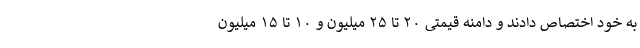
به خود اختصاص دادند و دامنه قیمتی ۲۰ تا ۲۵ میلیون و ۱۰ تا ۱۵ میلیون